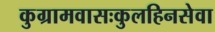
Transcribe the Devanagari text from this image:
कुग्रामवासःकुलहिनसेवा